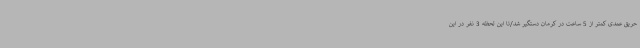
حریق عمدی کمتر از 5 ساعت در کرمان دستگیر شد/تا این لحظه 3 نفر در این